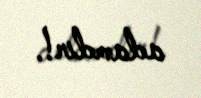
adamdır!.